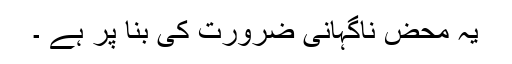
یہ محض ناگہانی ضرورت کی بنا پر ہے ۔